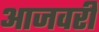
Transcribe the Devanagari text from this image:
आजवरी